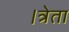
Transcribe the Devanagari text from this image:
।त्रेता